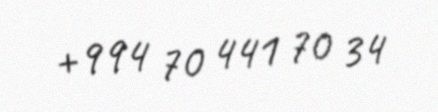
+994 70 441 70 34